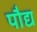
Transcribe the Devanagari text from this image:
पौद्य